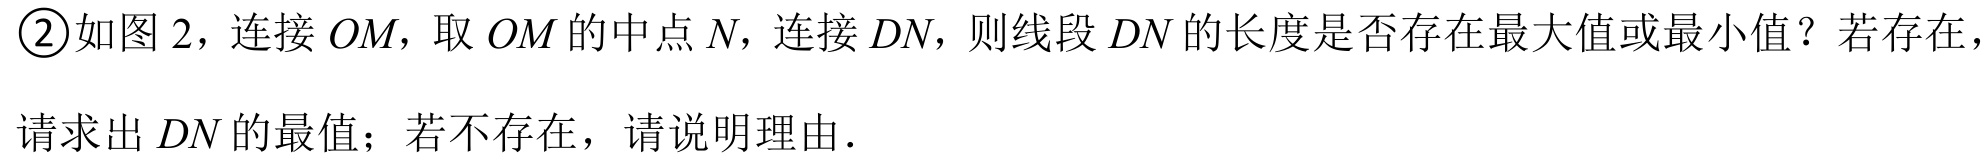
\textcircled{2}如图2，连接\(OM\)，取\(OM\)的中点\(N\)，连接\(DN\)，则线段\(DN\)的长度是否存在最大值或最小值？若存在，
请求出\(DN\)的最值；若不存在，请说明理由．